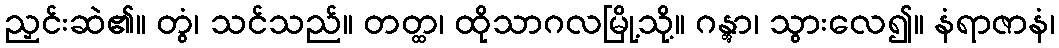
ညှင်းဆဲ၏။ တွံ၊ သင်သည်။ တတ္ထ၊ ထိုသာဂလမြို့သို့။ ဂန္တွာ၊ သွားလေ၍။ နံရာဇာနံ၊